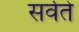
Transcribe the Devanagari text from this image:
सर्वते